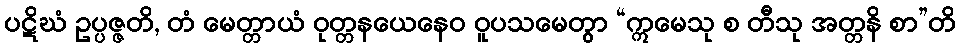
ပဋိဃံ ဥပ္ပဇ္ဇတိ, တံ မေတ္တာယံ ဝုတ္တနယေနေဝ ဝူပသမေတွာ “ဣမေသု စ တီသု အတ္တနိ စာ”တိ